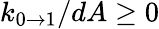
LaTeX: k_{0\rightarrow 1}/dA\geq 0